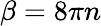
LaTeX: \beta=8\pi n